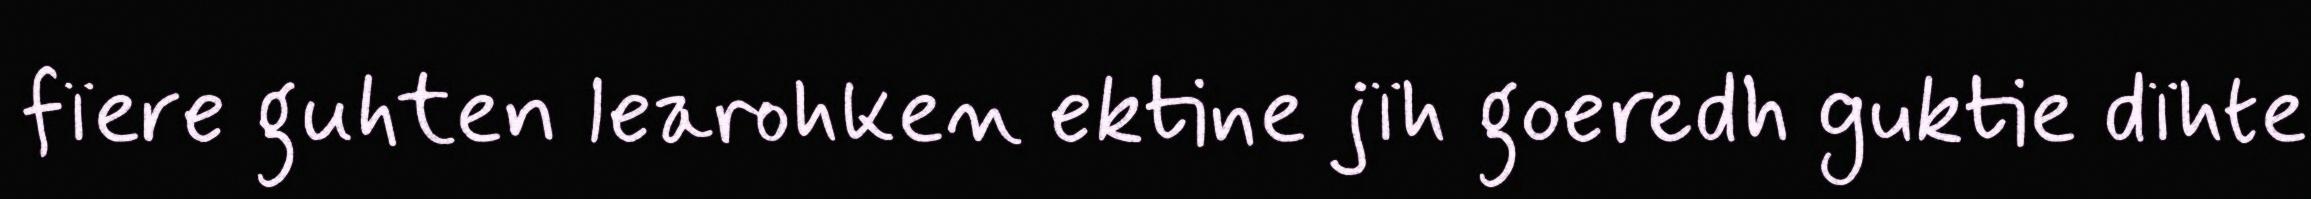
fïere guhten learohken ektine jïh goeredh guktie dïhte